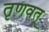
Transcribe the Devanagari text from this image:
तृणवत्